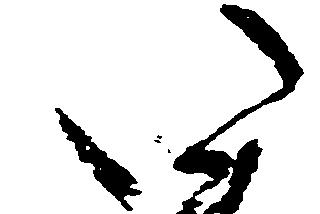
い